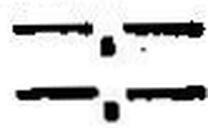
—.—